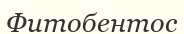
Фитобентос